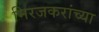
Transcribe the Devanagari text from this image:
मिरजकरांच्या